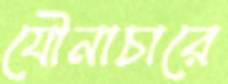
যৌনাচারে